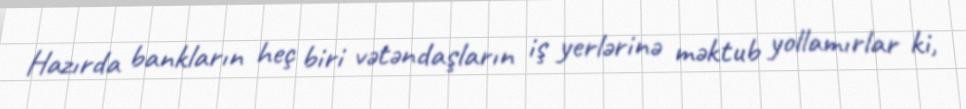
Hazırda bankların heç biri vətəndaşların iş yerlərinə məktub yollamırlar ki,